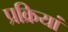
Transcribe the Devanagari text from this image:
प्रक्रियां